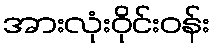
အားလုံးဝိုင်းဝန်း